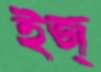
ইজ্